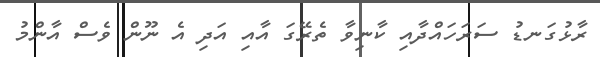
ރާޅުގަނޑު ސަރަހައްދާއި ކާނިވާ ތެރޭގަ އާއި އަދި އެ ނޫން ވެސް އާންމު